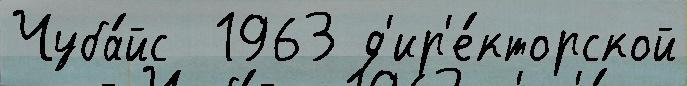
Чуба́йс  1963 д'ир'е́кторской